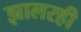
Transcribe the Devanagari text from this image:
झालरही